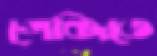
গেঞ্জিতে